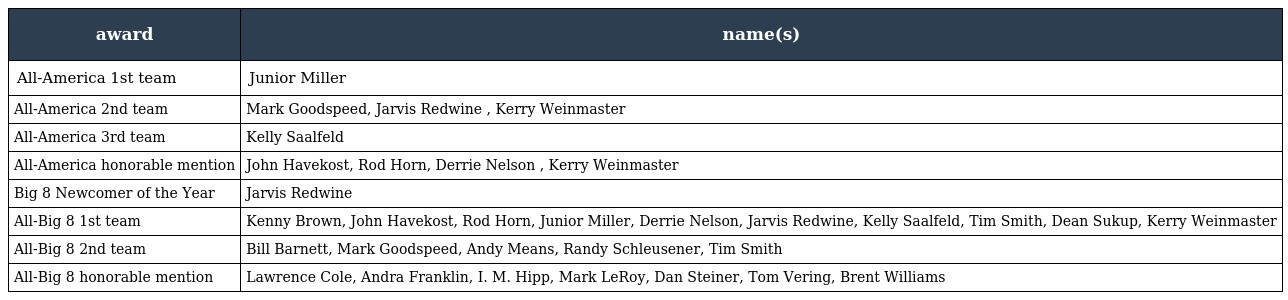
| award | name(s) |
 | --- | --- |
 | All-America 1st team | Junior Miller |
 | All-America 2nd team | Mark Goodspeed, Jarvis Redwine , Kerry Weinmaster |
 | All-America 3rd team | Kelly Saalfeld |
 | All-America honorable mention | John Havekost, Rod Horn, Derrie Nelson , Kerry Weinmaster |
 | Big 8 Newcomer of the Year | Jarvis Redwine |
 | All-Big 8 1st team | Kenny Brown, John Havekost, Rod Horn, Junior Miller, Derrie Nelson, Jarvis Redwine, Kelly Saalfeld, Tim Smith, Dean Sukup, Kerry Weinmaster |
 | All-Big 8 2nd team | Bill Barnett, Mark Goodspeed, Andy Means, Randy Schleusener, Tim Smith |
 | All-Big 8 honorable mention | Lawrence Cole, Andra Franklin, I. M. Hipp, Mark LeRoy, Dan Steiner, Tom Vering, Brent Williams |